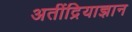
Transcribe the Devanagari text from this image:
अतींद्रियाज्ञान